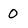
Character: 0